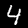
Label: 4